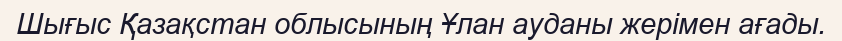
Шығыс Қазақстан облысының Ұлан ауданы жерімен ағады.